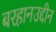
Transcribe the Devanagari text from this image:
बरहानउद्दीन